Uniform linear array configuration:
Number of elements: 32
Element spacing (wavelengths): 0.5
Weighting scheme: hamming
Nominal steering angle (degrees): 60
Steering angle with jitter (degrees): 58.899
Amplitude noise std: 0.05
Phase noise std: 0.05

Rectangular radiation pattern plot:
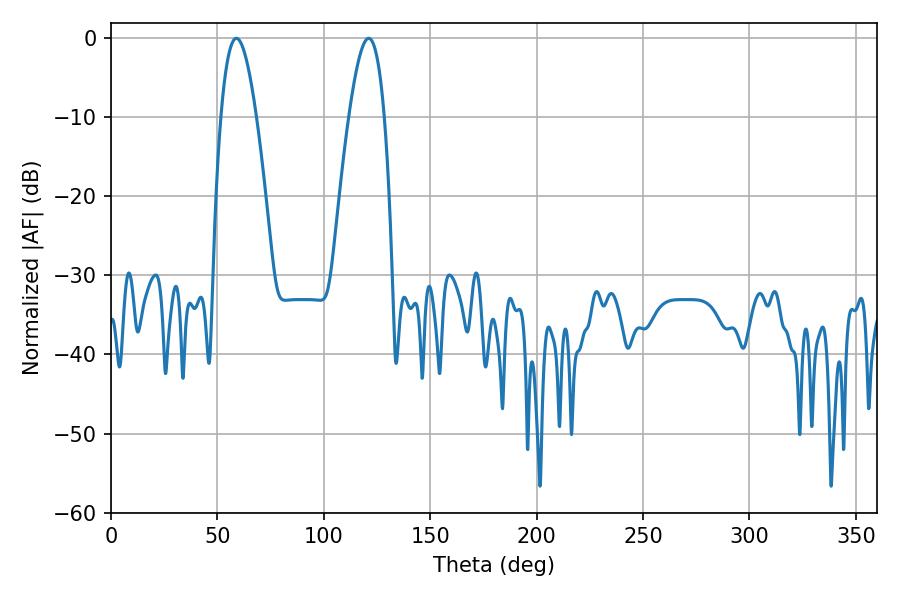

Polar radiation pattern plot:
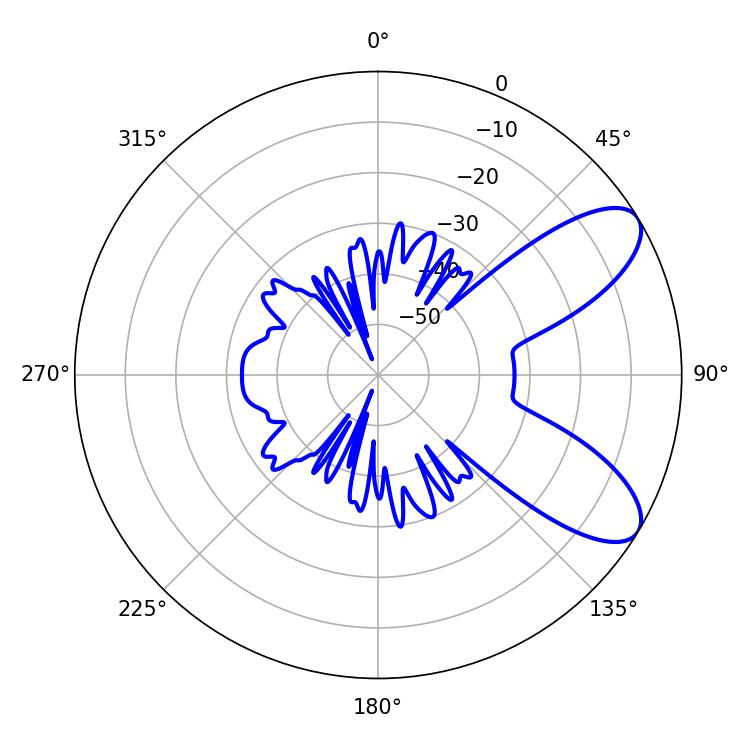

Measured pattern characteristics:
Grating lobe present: FALSE
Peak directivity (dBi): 8.311
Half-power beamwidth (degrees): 9
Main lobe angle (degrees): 121.14